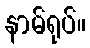
နာမ်ရုပ်။